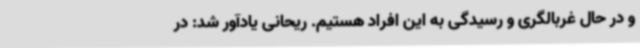
و در حال غربالگری و رسیدگی به این افراد هستیم. ریحانی یادآور شد: در